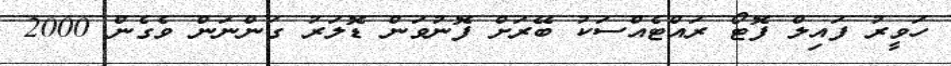
ހަވީރު ފައިލް ފޮޓޯ ރައްޓެއްސަކު ބޭރަށް ފޮނުވަން ޑޮލަރު ގަންނަން ވެގެން 2000